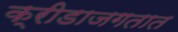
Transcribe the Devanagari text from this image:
क्रीडाजगतात